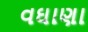
વઘાણા